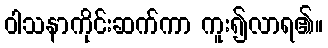
ဝါသနာကိုင်းဆက်ကာ ကူး၍လာရ၏။